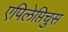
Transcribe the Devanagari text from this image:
एपिलेप्तिचुस